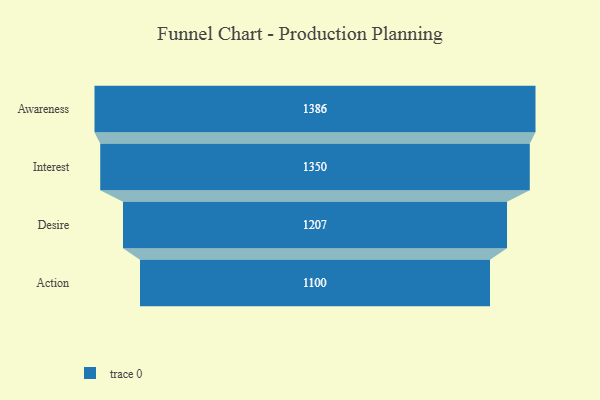
{"axis": {"x": "Stage", "y": "Value"}, "legend": [""], "data": [{"x": "Awareness", "y": 1386.0, "type": ""}, {"x": "Interest", "y": 1350.0, "type": ""}, {"x": "Desire", "y": 1207.0, "type": ""}, {"x": "Action", "y": 1100.0, "type": ""}]}